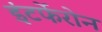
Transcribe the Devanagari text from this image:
इंटर्फेरोन